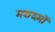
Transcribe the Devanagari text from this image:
मकदमों